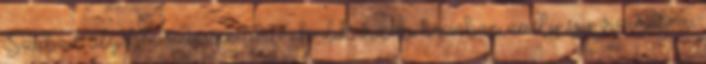
Szabad idejében szívesen tartózkodik vidéki házában, amely egy vízimalom,